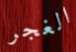
الغجر